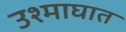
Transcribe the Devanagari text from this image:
उश्माघात